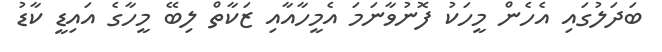
ބަދަލުގައި އެހެން މީހަކު ފޮނުވާނަމަ އެމީހާއާއި ޒަކާތް ލިބޭ މީހާގެ އައިޑީ ކާޑު